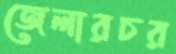
জেলারচর